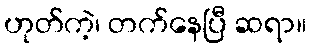
ဟုတ်ကဲ့၊ တက်နေပြီ ဆရာ။